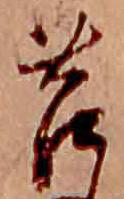
苔